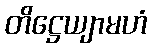
တိဋ္ဌေယျာမဟံ